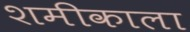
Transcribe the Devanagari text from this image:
शमीकाला